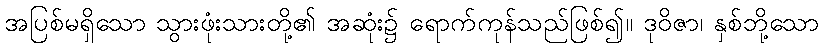
အပြစ်မရှိသော သွားဖုံးသားတို့၏ အဆုံး၌ ရောက်ကုန်သည်ဖြစ်၍။ ဒုဝိဇာ၊ နှစ်ဘို့သော